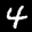
Label: 4